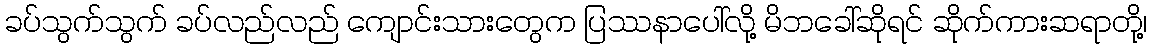
ခပ်သွက်သွက် ခပ်လည်လည် ကျောင်းသားတွေက ပြဿနာပေါ်လို့ မိဘခေါ်ဆိုရင် ဆိုက်ကားဆရာတို့၊